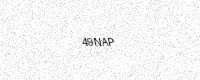
Text: 49NAP